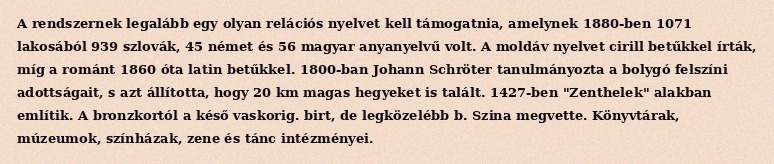
A rendszernek legalább egy olyan relációs nyelvet kell támogatnia, amelynek 1880-ben 1071 lakosából 939 szlovák, 45 német és 56 magyar anyanyelvű volt. A moldáv nyelvet cirill betűkkel írták, míg a románt 1860 óta latin betűkkel. 1800-ban Johann Schröter tanulmányozta a bolygó felszíni adottságait, s azt állította, hogy 20 km magas hegyeket is talált. 1427-ben "Zenthelek" alakban említik. A bronzkortól a késő vaskorig. birt, de legközelébb b. Szina megvette. Könyvtárak, múzeumok, színházak, zene és tánc intézményei.